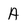
Character: A